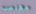
مغتصب